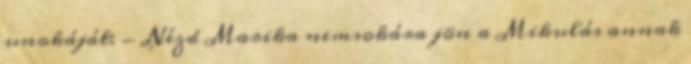
unokáját: - Nézd Marika nemsokára jön a Mikulás annak